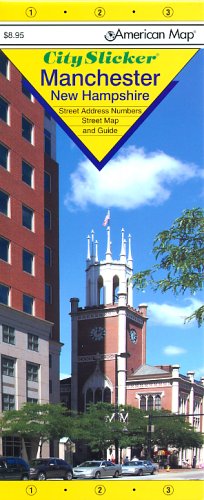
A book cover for American Map City Slicker Manchester, New Hampshire: Street Address Numbers, Street Map and Guide; Travel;